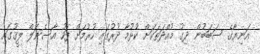
އަނިޔާގެ ސަބަބުން ދިގު މުއްދަތަކަށް ކުޅުމާ ދުރުގައި ހުރުމަށް ފަހު އާސެނަލް ލީގުގައި